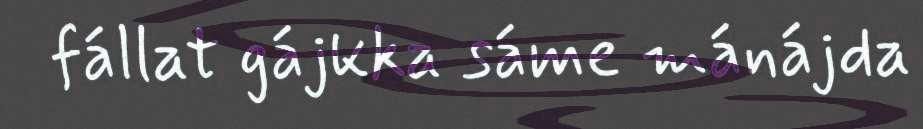
fállat gájkka sáme mánájda